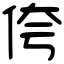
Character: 侉